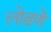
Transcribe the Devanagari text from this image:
लोढणे